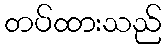
တပ်ထားသည်